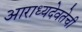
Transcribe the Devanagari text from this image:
आराध्यदेवतेची